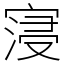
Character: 寖